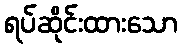
ရပ်ဆိုင်းထားသော